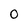
Character: 0